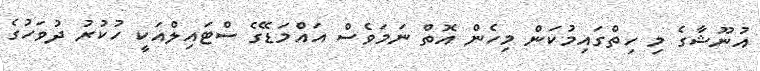
އުނޫޝާގެ މި ހިތްގައިމުކަން މިހެން އޮތް ނަމަވެސް އައްމަޑޭގެ ސްޓައިލްއަކީ ހުކުރު ދުވަހުގެ